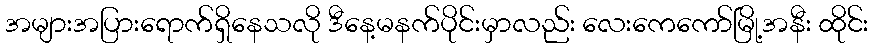
အများအပြားရောက်ရှိနေသလို ဒီနေ့မနက်ပိုင်းမှာလည်း လေးကေကော်မြို့အနီး ထိုင်း